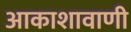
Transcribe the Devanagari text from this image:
आकाशावाणी